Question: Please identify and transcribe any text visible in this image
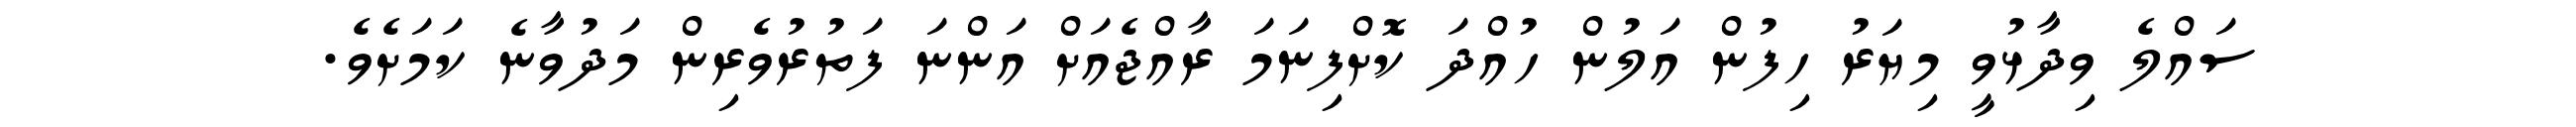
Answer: ސައްލެ ވިދާޅުވީ މިޔަރު ހިފުން އަލުން ހުއްދަ ކޮށްފިނަމަ ރާއްޖެއަށް އަންނަ ފަތުރުވެރިން މަދުވާނެ ކަމަށެވެ.